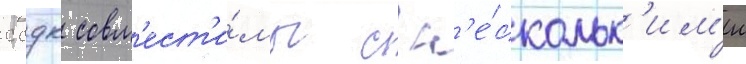
ссдк совм'ест'и́мы с н'е́скольк'им'и